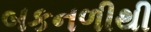
બકનળીથી